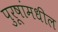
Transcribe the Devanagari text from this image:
पुरूषांमधील